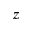
\displaystyle z